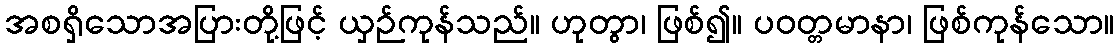
အစရှိသောအပြားတို့ဖြင့် ယှဉ်ကုန်သည်။ ဟုတွာ၊ ဖြစ်၍။ ပဝတ္တမာနာ၊ ဖြစ်ကုန်သော။